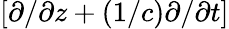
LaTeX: [\partial/\partial z+(1/c)\partial/\partial t]